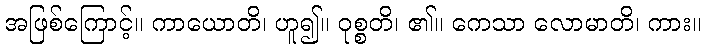
အဖြစ်ကြောင့်။ ကာယောတိ၊ ဟူ၍။ ဝုစ္စတိ၊ ၏။ ကေသာ လောမာတိ၊ ကား။